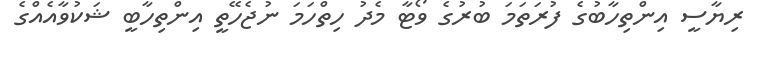
ރިޔާސީ އިންތިހާބުގެ ފުރަތަމަ ބުރުގެ ވޯޓާ މެދު ހިތްހަމަ ނުޖެހޭތީ އިންތިހާބީ ޝަކުވާއެއްގެ